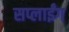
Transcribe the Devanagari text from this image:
सप्लाईंग